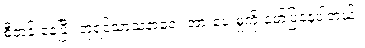
စီတန်းနေပြီး ဘုရင့်သာသနာရေး အားပေးမှုကို ဖော်ပြနေပါတယ်။